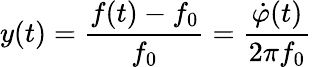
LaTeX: y(t)=\frac{f(t)-f_{0}}{f_{0}}=\frac{\dot{\varphi}(t)}{2\pi f_{0}}